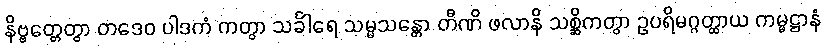
နိဗ္ဗတ္တေတွာ တဒေဝ ပါဒကံ ကတွာ သင်္ခါရေ သမ္မသန္တော တီဏိ ဖလာနိ သစ္ဆိကတွာ ဥပရိမဂ္ဂတ္ထာယ ကမ္မဋ္ဌာနံ